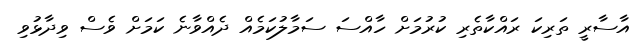
އާސާރީ ތަރިކަ ރައްކާތެރި ކުރުމަށް ހާއްސަ ސަމާލުކަމެއް ދެއްވާނެ ކަމަށް ވެސް ވިދާޅުވި